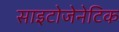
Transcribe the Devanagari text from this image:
साइटोजेनेटिक